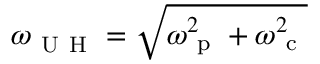
\omega _ { \mathrm { ~ U ~ H ~ } } = \sqrt { \omega _ { \mathrm { ~ p ~ } } ^ { 2 } + \omega _ { \mathrm { ~ c ~ } } ^ { 2 } }